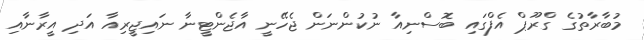
މުބާރާތުގެ ގްރޫޕް އެފްގައި ބޮސްނިއާ ނުކުންނަން ޖެހޭނީ އާޖެންޓީނާ ނައިޖީރިއާ އަދި އީރާނާއި